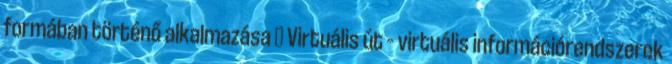
formában történő alkalmazása  Virtuális út – virtuális információrendszerek